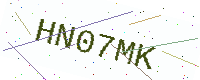
Text: HN07MK